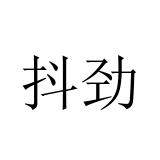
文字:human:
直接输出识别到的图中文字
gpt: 抖劲